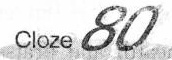
Cloze 80